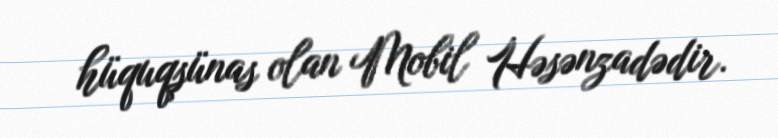
hüquqşünas olan Mobil Həsənzadədir.